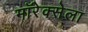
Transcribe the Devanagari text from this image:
मॉरेक्सेला